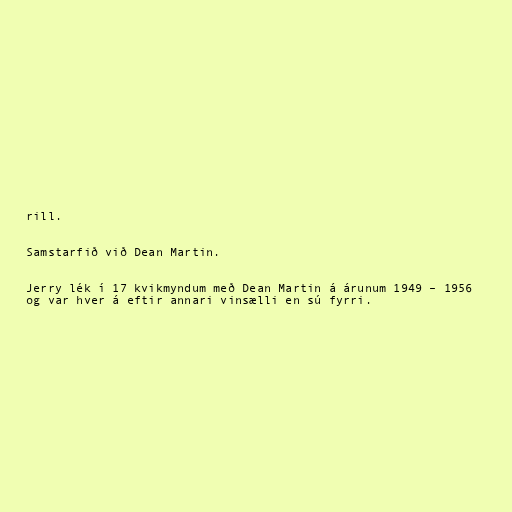
rill.

Samstarfið við Dean Martin.

Jerry lék í 17 kvikmyndum með Dean Martin á árunum 1949 – 1956
og var hver á eftir annari vinsælli en sú fyrri.